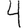
Digit: 4